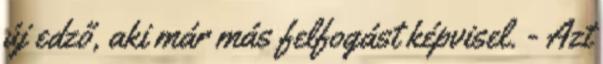
új edző, aki már más felfogást képvisel. - Azt